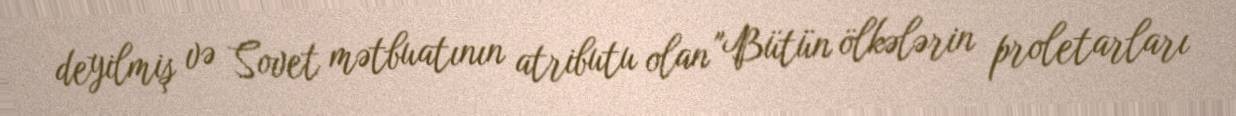
deyilmiş və Sovet mətbuatının atributu olan "Bütün ölkələrin proletarları